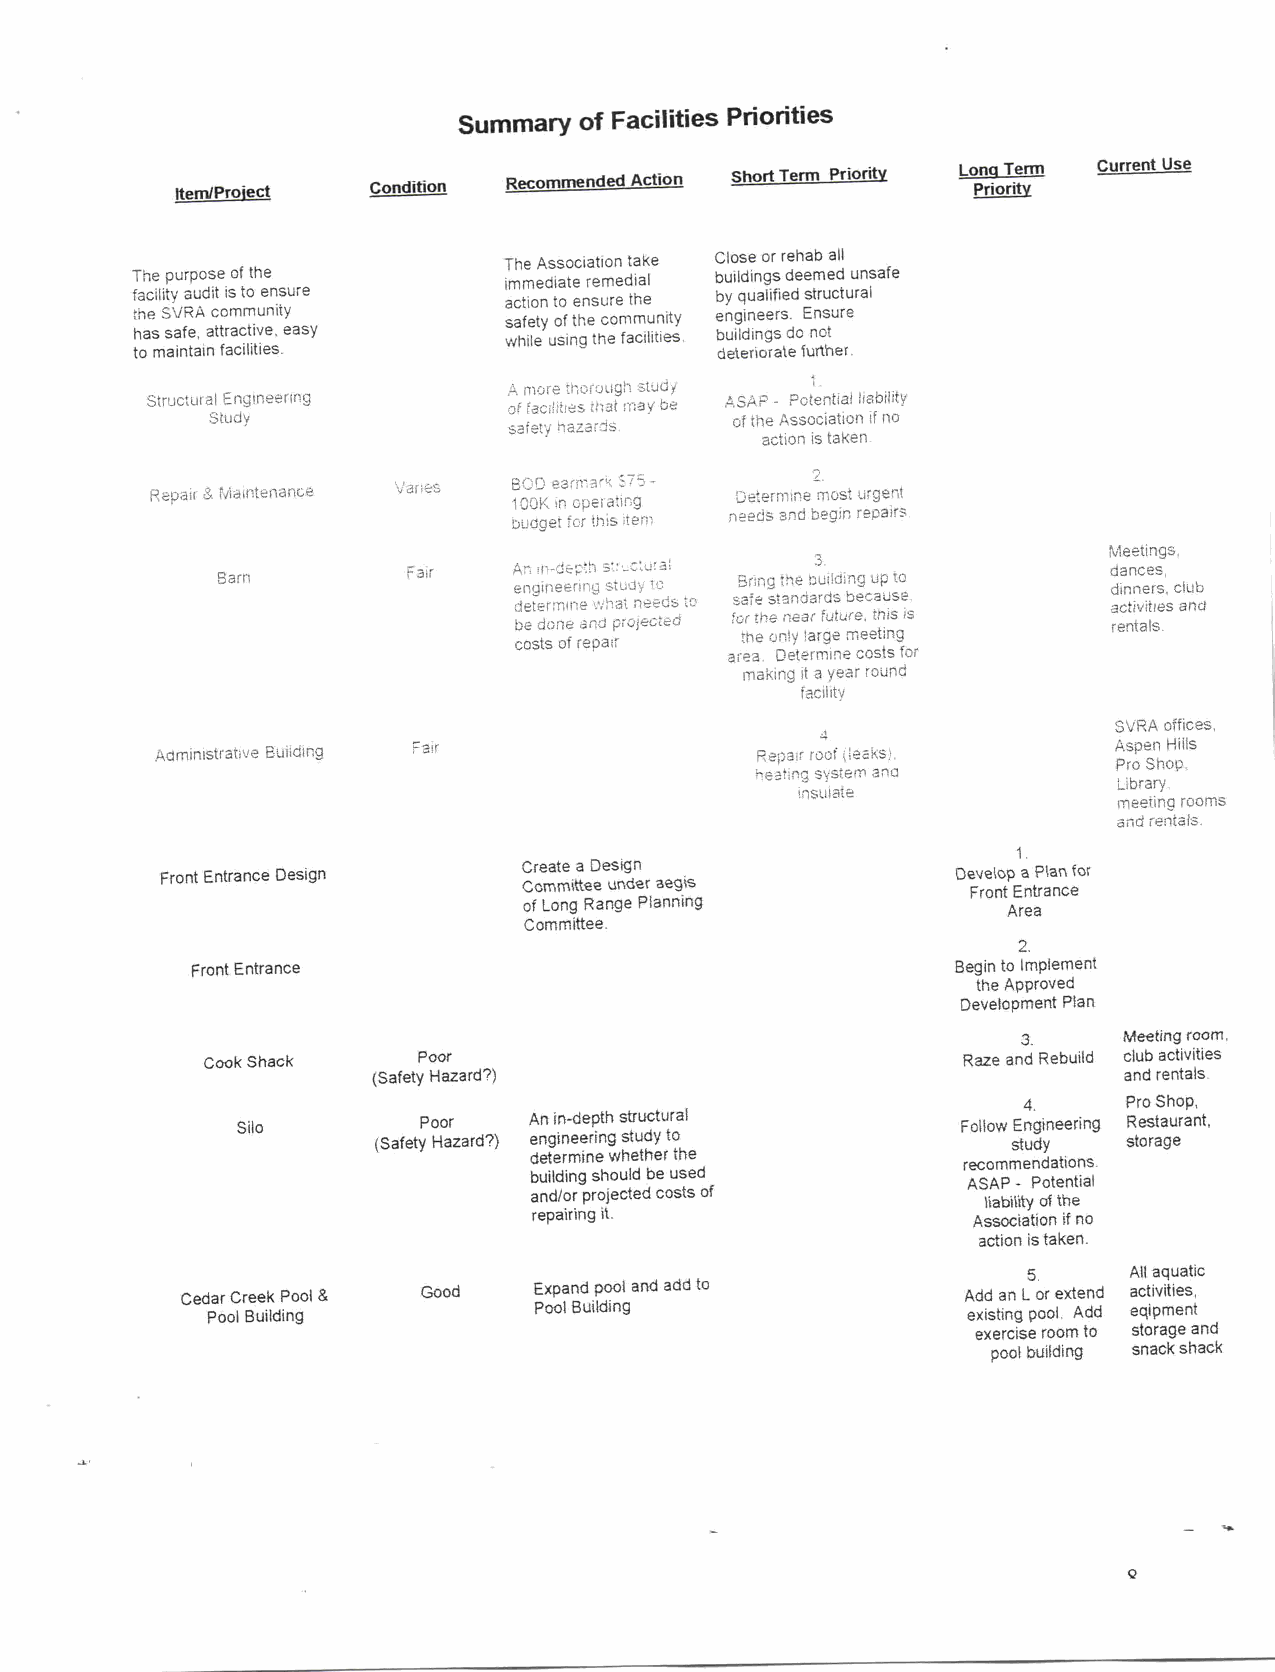
Summary of Facilities Priorities
 Recommended Action ShortTerm Priority LongTTeerrmm Current Use
 ItemIProiect Condition                              Priority
 TheAssociationtake Close orrehab all
 The purpose ofthe       immediate remedial buildingsdeemed unsafe
 facility audit isto ensure actionto ensurethe byqualifiedstructural
 the SVRA community      safety ofthecommunity engineers Ensure
 hassafe attractive easy while usingthe facilities buildingsdo not
 to maintainfacilities                 deterioratefurther
 i
 A more thorough study
 Structural Engineering  ffacilities that maybe ASAP Potential liability
 Study                             ofthe Association ifno
 safetyy hazards
 action istaken
 Repair Pendainacier Varies B 1gC OD Ke inar om pa er rk atin7 g5 Determine2 most urgent
 needs and begin repairs
 budget forthisit
 Meetings
 Fair   A en ngid ine en ep rt inh gs st tr uu dc ytural teo4gthe b3 uilding upto d da inn nc ee rs
 sclub
 ddeetteerrmmiinnee what needsto safestandardsbecause activities and
 forthe near future this is
 bedone and projected                    rentals
 costs ofrepair the onlylarge meeting
 area Determinecostsfor
 making ita year round
 facility
 SVRA offices
 4
 Building air                    Repair roefteaks        Aspen Hills
 Pro Shop
 heatingsystem and
 Library
 insulate
 meeting rooms
 andrentals
 1
 FrontEntrance Design    CC Cr oe ma mte ita teD ee us nig dn er aegis De Fv re ol no tp Ea ntP rala nn cefor
 ofLong Range Planning           Area
 Committee
 2
 FrontEntrance                                     Begin to Implement
 theApproved
 Development Plan
 3     Meetingroom
 Cook Shack     Poor                                Raze and Rebuild clubactivities
 SafetyHazard                                     andrentals
 4      ProShop
 Silo        Poor   Anindepth structural         Follow Engineering PRteesttaauurant
 Safety Hazard
 engineeringstudyto
 study
 determinewhether the
 recommendations
 buildingshouldbe used
 ASAP Potential
 andorprojected costsof
 liabilityofthe
 repairing it                 Association ifno
 action istaken
 5      AAcltlivaiqtiueastic
 Cedar Creek Pool Good  Expandpool and addto         Add anL orextend
 Pool Building        PoolBuilding                 existing pool Add eqipment
 exerciseroomto storage and
 poolbuilding snackshack
 52